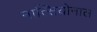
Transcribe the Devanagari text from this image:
नात्सियोनाल